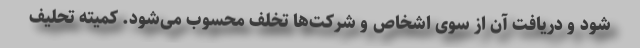
شود و دریافت آن‌ از سوی اشخاص و شرکت‌ها تخلف محسوب می‌شود. کمیته تحلیف